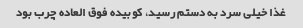
غذا خیلی سرد به دستم رسید، کوبیده فوق العاده چرب بود